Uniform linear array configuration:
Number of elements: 12
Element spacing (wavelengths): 1
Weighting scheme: blackman
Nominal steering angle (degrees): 45
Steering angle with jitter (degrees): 46.12
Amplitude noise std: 0.05
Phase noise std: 0.05

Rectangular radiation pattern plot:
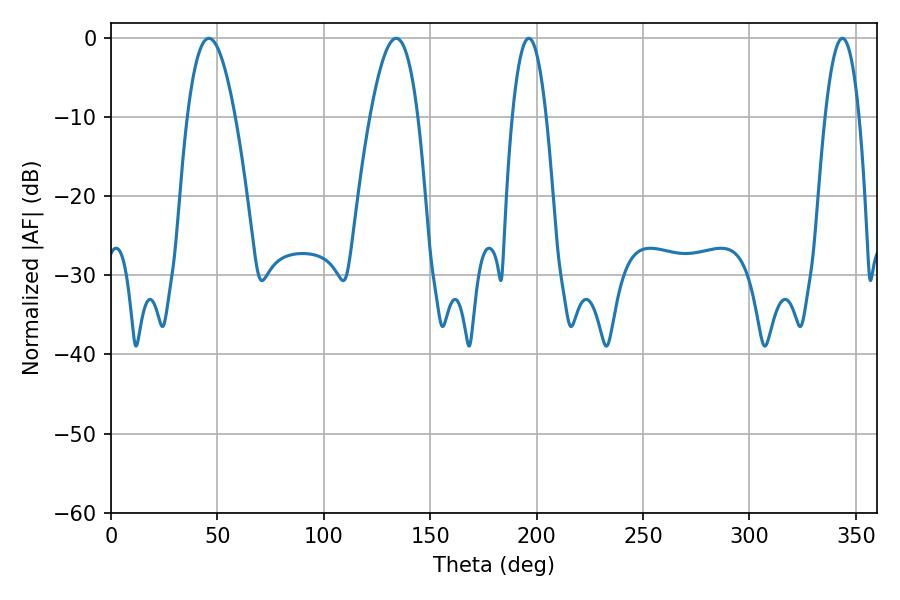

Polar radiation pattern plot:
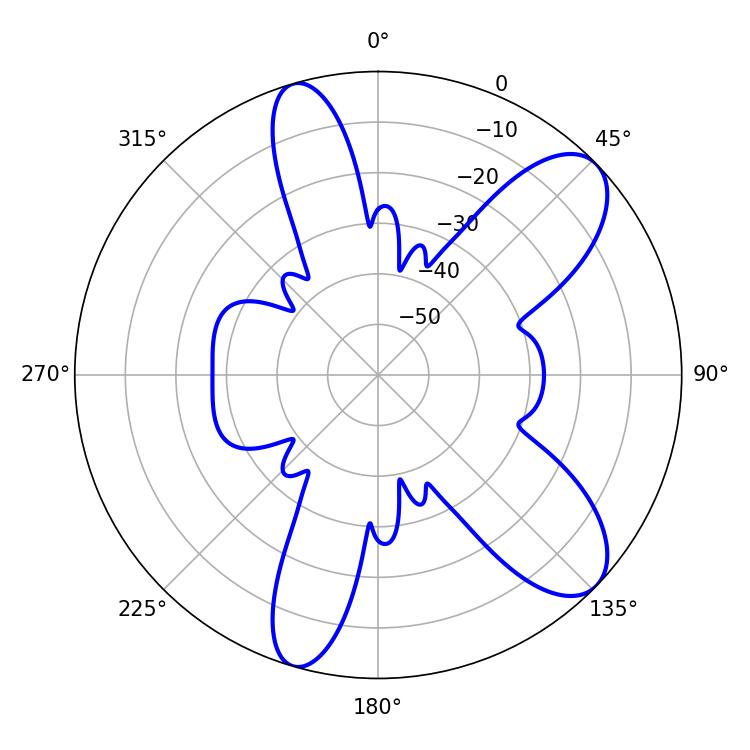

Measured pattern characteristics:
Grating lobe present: TRUE
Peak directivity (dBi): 9.189
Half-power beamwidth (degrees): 12.42
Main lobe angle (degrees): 45.9